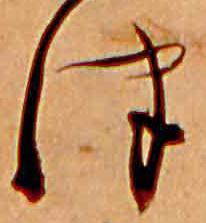
津